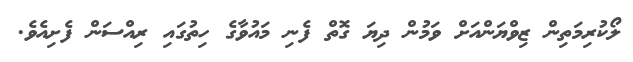
ލޯކުރިމަތިން ޒިވްޔަންއަށް ވަމުން ދިޔަ ގޮތް ފެނި މައުވާގެ ހިތުގައި ރިއްސަން ފެށިއެވެ.